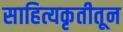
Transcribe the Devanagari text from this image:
साहित्यकृतीतून